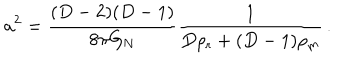
a ^ { 2 } = \frac { ( D - 2 ) ( D - 1 ) } { 8 \pi G _ { \mathrm { N } } } \frac { 1 } { D \rho _ { \mathrm { r } } + ( D - 1 ) \rho _ { \mathrm { m } } } \, .